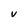
Character: V